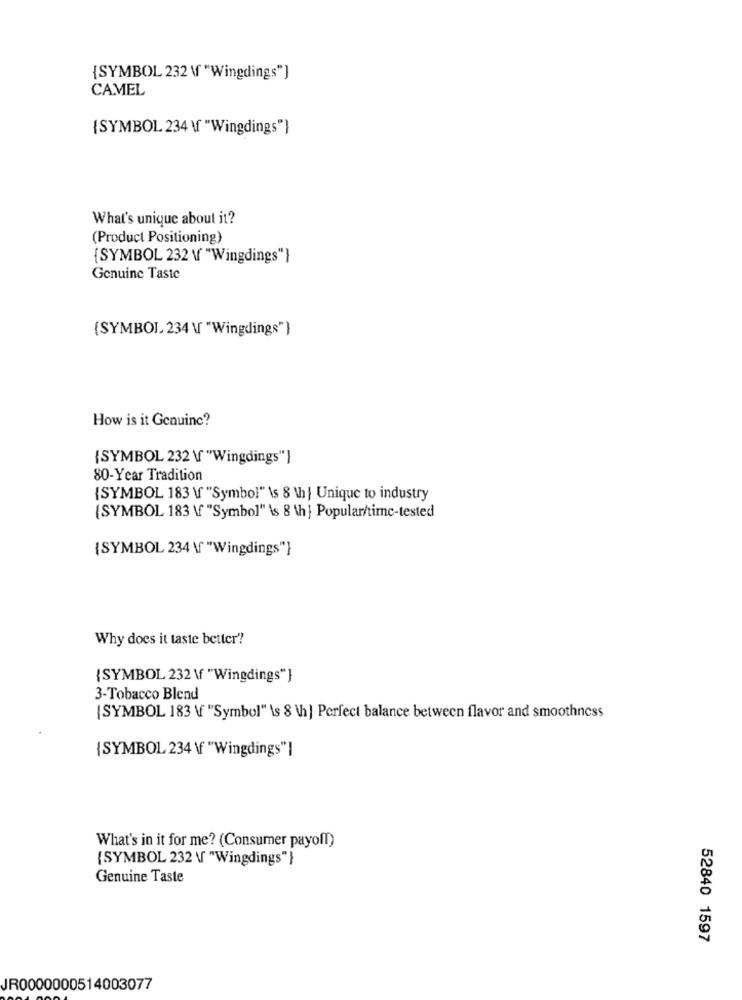
{SYMBOL 232 \ "Wingdings")
CAMEL
{SYMBOL 234 \f "Wingdings"}
What's unique about it?
(Product Positioning)
{SYMBOL 232 \ "Wingdings"}
Genuine Taste
(SYMBOL, 234 \ "Wingdings")
How is it Genuine?
{SYMBOL 232 \ "Wingdings"}
80-Year Tradition
{SYMBOL 183 \ "Symbol" \s 8 th } Unique to industry
(SYMBOL 183 \ "Symbol" \s 8 th } Popular/time-tested
{SYMBOL 234 \ "Wingdings"}
Why does it taste better'?
{SYMBOL 232 \f "Wingdings"}
3-Tobacco Blend
(SYMBOL 183 \f "Symbol" \s 8 \h] Perfect balance between flavor and smoothness
{SYMBOL 234 \f "Wingdings"]
What's in it for me? (Consumer payoff)
{SYMBOL 232 \ "Wingdings"}
Genuine Taste
52840 1597
JR0000000514003077